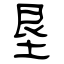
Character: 垦